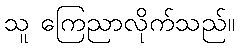
သူ ကြေညာလိုက်သည်။